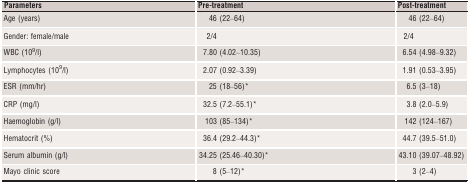
<table><thead><tr><td><b>Parameters</b></td><td><b>Pre‐treatment</b></td><td><b>Post‐treatment</b></td></tr></thead><tbody><tr><td>Age (years)</td><td>46 (22–64)</td><td>46 (22–64)</td></tr><tr><td>Gender: female/male</td><td>2/4</td><td>2/4</td></tr><tr><td>WBC (10<sup>9</sup>/l)</td><td>7.80 (4.02–10.35)</td><td>6.54 (4.98–9.32)</td></tr><tr><td>Lymphocytes (10<sup>9</sup>/l)</td><td>2.07 (0.92–3.39)</td><td>1.91 (0.53–3.95)</td></tr><tr><td>ESR (mm/hr)</td><td>25 (18–56)a</td><td>6.5 (3–18)</td></tr><tr><td>CRP (mg/l)</td><td>32.5 (7.2–55.1)a</td><td>3.8 (2.0–5.9)</td></tr><tr><td>Haemoglobin (g/l)</td><td>103 (85–134)a</td><td>142 (124–167)</td></tr><tr><td>Hematocrit (%)</td><td>36.4 (29.2–44.3)a</td><td>44.7 (39.5–51.0)</td></tr><tr><td>Serum albumin (g/l)</td><td>34.25 (25.46–40.30)a</td><td>43.10 (39.07–48.92)</td></tr><tr><td>Mayo clinic score</td><td>8 (5–12)a</td><td>3 (2–4)</td></tr></tbody></table>